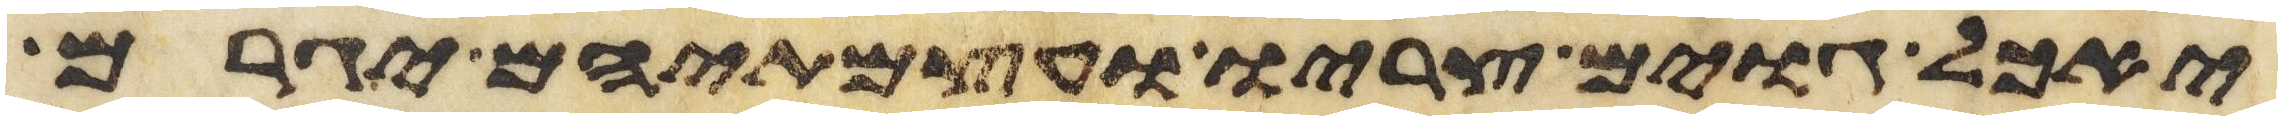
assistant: יאכל גוים צריו ועצמתיהם יגרם